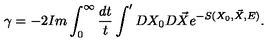
\gamma = - 2 I m \int _ { 0 } ^ { \infty } \frac { d t } { t } \int ^ { \prime } D X _ { 0 } D \vec { X } e ^ { - S ( X _ { 0 } , \vec { X } , E ) } .